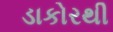
ડાકોરથી